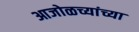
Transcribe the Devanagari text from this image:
आजोळच्यांच्या